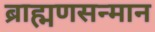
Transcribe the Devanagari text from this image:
ब्राह्मणसन्मान